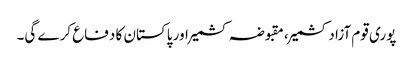
پوری قوم آزاد کشمیر، مقبوضہ کشمیر اور پاکستان کا دفاع کرے گی۔